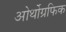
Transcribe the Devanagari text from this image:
ओर्थोग्रफिक